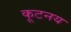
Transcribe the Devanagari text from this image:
कूटनय